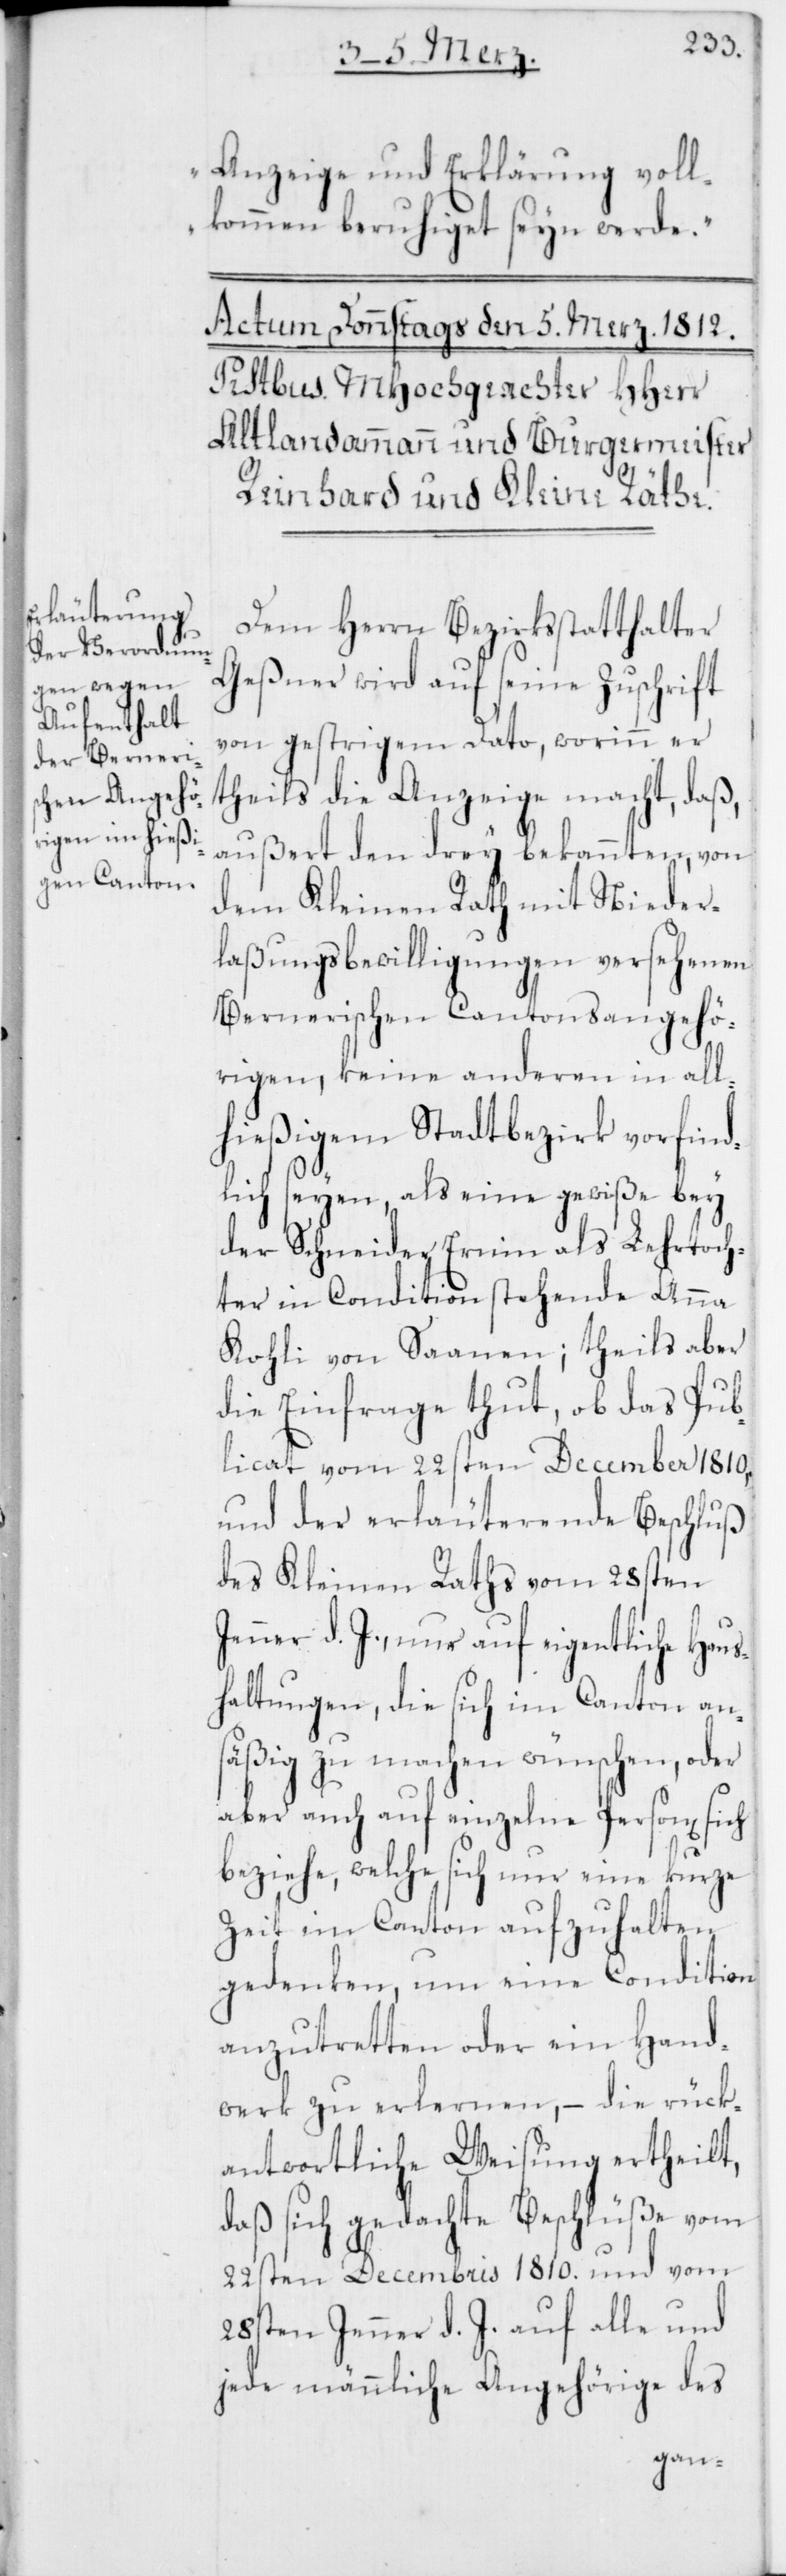
Anzeige und Erklärung voll¬
kommen beruhiget seyn werde.“
Dem Herrn Bezirksstatthalter
Geßner wird auf seine Zuschrift
von gestrigem Dato, worinn er
theils die Anzeige macht, daß,
außert den drey bekannten, von
dem Kleinen Rath mit Nieder¬
laßungsbewilligungen versehenen
Bernerischen Cantonsangehö¬
rigen, keine anderen in all¬
hießigem Stadtbezirk vorfind¬
lich seyen, als eine gewiße bey
der Schneider Ernin als Lehrtoch¬
ter in Condition stehende Anna
Kohli von Saanen; theils aber
die Einfrage thut, ob das Pub¬
licat vom 22sten December 1810,
und der erläuterende Beschluß
des Kleinen Raths vom 28sten
Jenner d. J., nur auf eigentliche Hau¬
shaltungen, die sich im Canton an¬
säßig zu machen wünschen, oder
aber auch auf einzelne Person[en],
beziehe, welche sich nur eine kurze
Zeit im Canton aufzuhalten
gedenken, um eine Condition
anzutretten oder ein Hand¬
werk zu erlernen, – die rück¬
antwortliche Weisung ertheilt,
daß sich gedachte Beschlüße vom
22sten Decembris 1810. und vom
28sten Jenner d. J. auf alle und
jede männliche Angehörige des